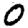
Digit: 0